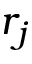
r _ { j }